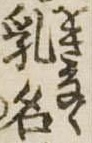
乳名